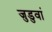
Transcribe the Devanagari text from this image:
जुडुवां